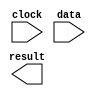
// megafunction wizard: %ALTFP_SQRT%VBB%
// GENERATION: STANDARD
// VERSION: WM1.0
// MODULE: altfp_sqrt 

// ============================================================
// Megafunction Name(s):
// 			altfp_sqrt
//
// Simulation Library Files(s):
// 			lpm
// ============================================================
// ************************************************************
// THIS IS A WIZARD-GENERATED FILE. DO NOT EDIT THIS FILE!
//
// 9.1 Build 222 10/21/2009 SJ Full Version
// ************************************************************

//Copyright (C) 1991-2009 Altera Corporation
//Your use of Altera Corporation's design tools, logic functions 
//and other software and tools, and its AMPP partner logic 
//functions, and any output files from any of the foregoing 
//(including device programming or simulation files), and any 
//associated documentation or information are expressly subject 
//to the terms and conditions of the Altera Program License 
//Subscription Agreement, Altera MegaCore Function License 
//Agreement, or other applicable license agreement, including, 
//without limitation, that your use is for the sole purpose of 
//programming logic devices manufactured by Altera and sold by 
//Altera or its authorized distributors.  Please refer to the 
//applicable agreement for further details.

module Sqrt1 (
	clock,
	data,
	result)/* synthesis synthesis_clearbox = 1 */;

	input	  clock;
	input	[31:0]  data;
	output	[31:0]  result;

endmodule

// ============================================================
// CNX file retrieval info
// ============================================================
// Retrieval info: PRIVATE: FPM_FORMAT NUMERIC "0"
// Retrieval info: PRIVATE: INTENDED_DEVICE_FAMILY STRING "Stratix II"
// Retrieval info: PRIVATE: SYNTH_WRAPPER_GEN_POSTFIX STRING "0"
// Retrieval info: LIBRARY: altera_mf altera_mf.altera_mf_components.all
// Retrieval info: CONSTANT: INTENDED_DEVICE_FAMILY STRING "Stratix II"
// Retrieval info: CONSTANT: PIPELINE NUMERIC "28"
// Retrieval info: CONSTANT: ROUNDING STRING "TO_NEAREST"
// Retrieval info: CONSTANT: WIDTH_EXP NUMERIC "8"
// Retrieval info: CONSTANT: WIDTH_MAN NUMERIC "23"
// Retrieval info: USED_PORT: clock 0 0 0 0 INPUT NODEFVAL "clock"
// Retrieval info: USED_PORT: data 0 0 32 0 INPUT NODEFVAL "data[31..0]"
// Retrieval info: USED_PORT: result 0 0 32 0 OUTPUT NODEFVAL "result[31..0]"
// Retrieval info: CONNECT: @data 0 0 32 0 data 0 0 32 0
// Retrieval info: CONNECT: result 0 0 32 0 @result 0 0 32 0
// Retrieval info: CONNECT: @clock 0 0 0 0 clock 0 0 0 0
// Retrieval info: GEN_FILE: TYPE_NORMAL Sqrt1.v TRUE
// Retrieval info: GEN_FILE: TYPE_NORMAL Sqrt1.inc FALSE
// Retrieval info: GEN_FILE: TYPE_NORMAL Sqrt1.cmp FALSE
// Retrieval info: GEN_FILE: TYPE_NORMAL Sqrt1.bsf FALSE
// Retrieval info: GEN_FILE: TYPE_NORMAL Sqrt1_inst.v FALSE
// Retrieval info: GEN_FILE: TYPE_NORMAL Sqrt1_bb.v TRUE
// Retrieval info: LIB_FILE: lpm